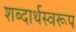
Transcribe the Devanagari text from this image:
शब्दार्थस्वरूप